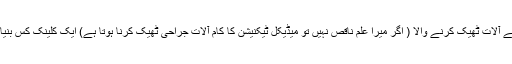
کیونکہ میڈیکل کے آلات ٹھیک کرنے والا ( اگر میرا علم ناقص نہیں تو میڈیکل ٹیکنیشن کا کام آلاتِ جراحی ٹھیک کرنا ہوتا ہے) ایک کلینک کس بنیاد پر چلا رہا ہے؟